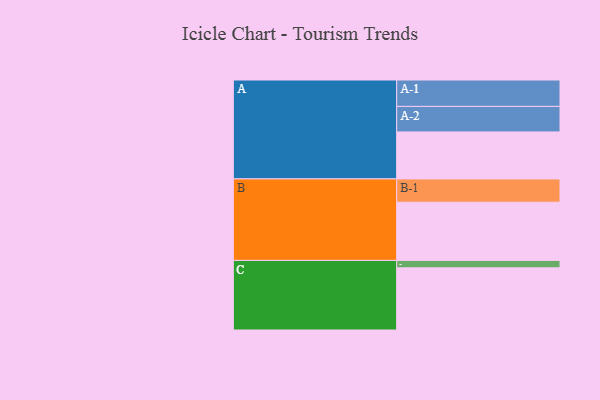
{"axis": {"x": "Segment", "y": "Value"}, "legend": ["", "A", "B", "C"], "data": [{"x": "A", "y": 418, "type": ""}, {"x": "B", "y": 518, "type": ""}, {"x": "C", "y": 553, "type": ""}, {"x": "A-1", "y": 235, "type": "A"}, {"x": "A-2", "y": 227, "type": "A"}, {"x": "B-1", "y": 207, "type": "B"}, {"x": "C-1", "y": 66, "type": "C"}]}